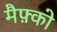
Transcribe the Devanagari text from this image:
मैफ़्को